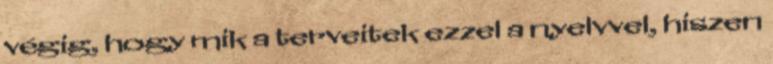
végig, hogy mik a terveitek ezzel a nyelvvel, hiszen